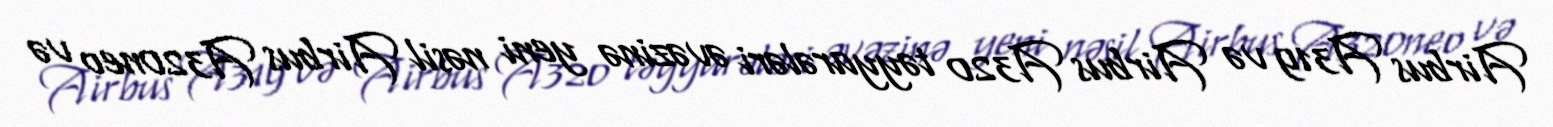
Airbus A319 və Airbus A320 təyyarələri əvəzinə yeni nəsil Airbus A320neo və